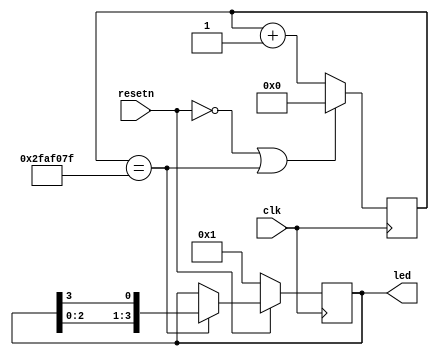
`timescale 1ns / 1ps
//////////////////////////////////////////////////////////////////////////////////
// Company: 
// Engineer: 
// 
// Design Name: 
// Module Name: led
// Project Name: 
// Target Devices: 
// Tool Versions: 
// Description: 
// 
// Dependencies: 
// 
// Revision:
// Revision 0.01 - File Created
// Additional Comments:
// 
//////////////////////////////////////////////////////////////////////////////////


module led(
    input           clk,
    input           resetn,     // low activie
    output [3:0]    led
);
reg [3:0]       led_r;
// output
assign led = led_r;

// parameter CNT_1S = 26'd49;
parameter CNT_1S = 26'd49_999_999;
reg [25:0]  count;
wire        run_begin;
assign run_begin = count == CNT_1S;

// count
always @(posedge clk) begin
    if (!resetn || run_begin) begin
        count <= 26'd0;
    end else begin
        count <= count + 1'b1;
    end
end

// led_r
always @(posedge clk) begin
    if (!resetn) begin
        led_r <= 4'b0001;
    end else if (run_begin) begin
        led_r <= {led_r[2:0], led_r[3]};
    end
end

endmodule